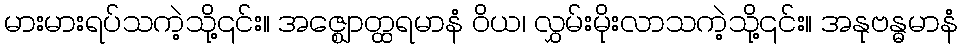
မားမားရပ်သကဲ့သို့၎င်း။ အဇ္ဈောတ္ထရမာနံ ဝိယ၊ လွှမ်းမိုးလာသကဲ့သို့၎င်း။ အနုဗန္ဓမာနံ